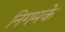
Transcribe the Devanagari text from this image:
निगमके